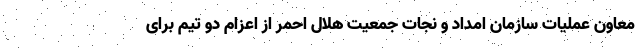
معاون عملیات سازمان امداد و نجات جمعیت هلال احمر از اعزام دو تیم برای